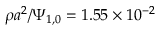
\rho { a } ^ { 2 } / \Psi _ { 1 , 0 } = 1 . 5 5 \times 1 0 ^ { - 2 }